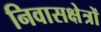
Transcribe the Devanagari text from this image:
निवासक्षेत्रों